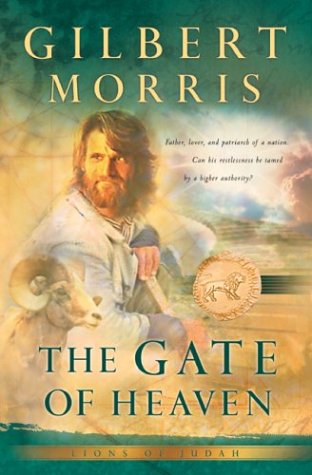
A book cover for The Gate of Heaven (Lions of Judah Series #3); Gilbert, Morris; Christian Books & Bibles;